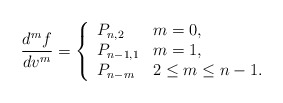
\begin{align*} \frac{d^mf}{dv^m}=\left\{ \begin{array}{ll} P_{n,2} & m=0,\\ P_{n-1,1} & m=1,\\ P_{n-m} & 2\leq m\leq n-1. \end{array}\right.\end{align*}